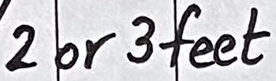
Text: 2 or 3 feet